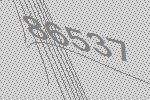
86537